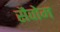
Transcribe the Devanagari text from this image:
सैवोम